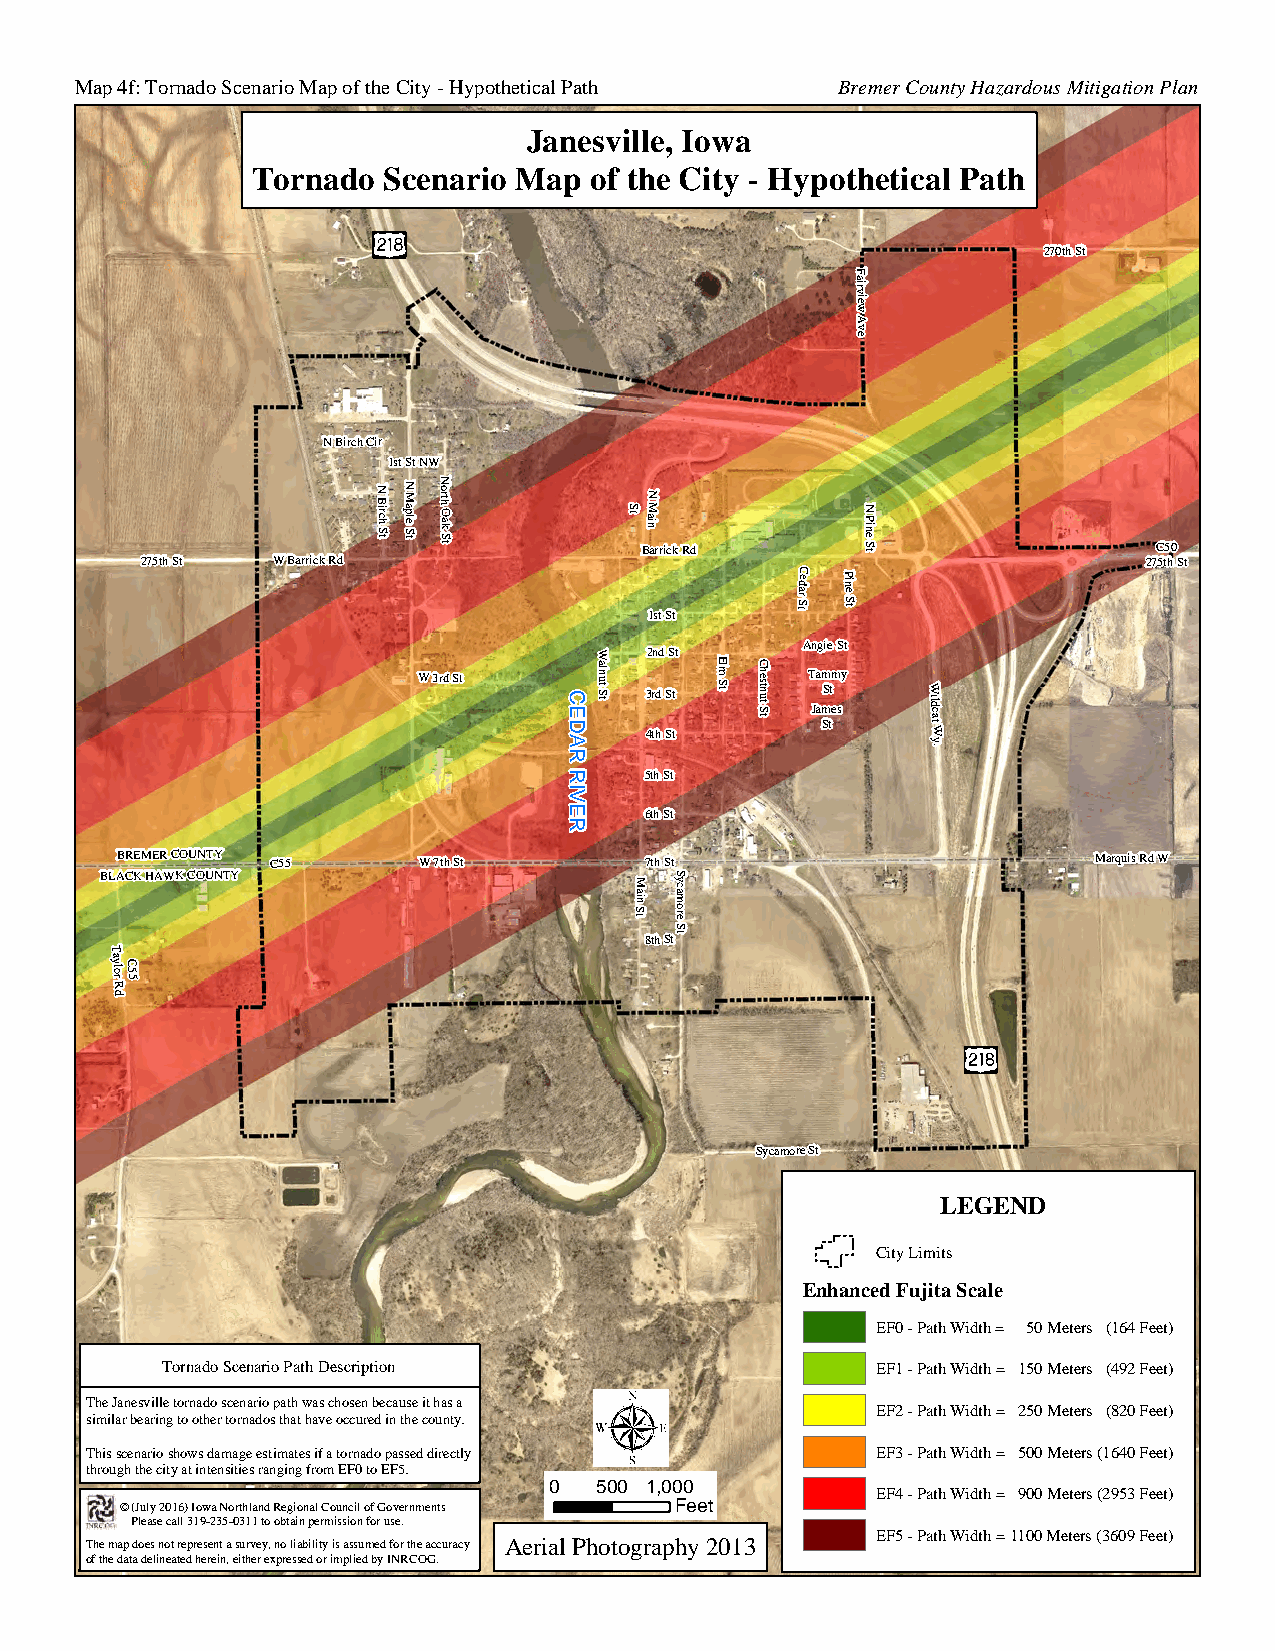
Map 4f: Tornado Scenario Map of the City - Hypothetical Path Bremer County Hazardous Mitigation Plan
 Janesville, Iowa
 Tornado Scenario Map  of the City - Hypothetical Path
 270th St
 F
 airview
 A
 v
 e
 N Birch Cir
 1st St NW
 275th St W Barrick Rd
 N B irch
 S t
 N M aple
 S t
 N orth O
 ak S t
 tS BniaM N
 arrick Rd
 N
 P ine S t          27C 55 th0 St
 1st St
 tS
 radeC P
 in
 e
 S t
 Angie St
 W   2nd St
 W 3rd St
 aln
 ut S t 3 4r td
 h
 S Stt tS
 mlE
 tS
 tuntsehC
 T Ja am SmS ttm esy W ildcat
 W
 y
 .
 5th St
 6th St
 BREMER COUNTY C55   W 7th St       7th St                        Marquis Rd W
 BLACK HAWK COUNTY                     S
 tS
 niaM
 S
 eromacy
 8th Stt
 T
 aylo
 r
 RC
 5
 5
 d
 Sycamore St
 dR
 LEGEND
 y
 lrevaWCity
 Limits
 Enhanced Fujita Scale
 EF0 - Path Width = 50 MUeters (164 Feet)
 s
 2
 18
 Tornado Scenario Path Description              EF1 - Path Width = 150 Meters (492 Feet)
 The Janesville tornado scenario path was chosen because it has a
 EF2 - Path Width = 250 Meters (820 Feet)
 similar bearing to other tornados that have occured in the county.
 Gresham Rd W
 This scenario shows damage estimates if a tornado passed directly EF3 - Path Width = 500 Meters (1640 Feet)
 through the city at intensities ranging from EF0 to EF5.           U
 © (July 2016) Iowa Northland Regional Council of Governments
 0  500 1,00 F0
 eet
 EF4 - Path Width = 900 Meters (s 22 18953 Feet)
 Please call 319-235-0311 to obtain permission for use.
 EF5 - Path Width = 1100 Meters (3609 Feet)
 The map does not represent a survey, no liability is assumed for the accuracy Aerial Photography 2013
 of the data delineated herein, either expressed or implied by INRCOG.
 CEDAR
 RIVER